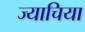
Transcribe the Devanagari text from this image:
ज्याचिया